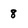
Character: 8